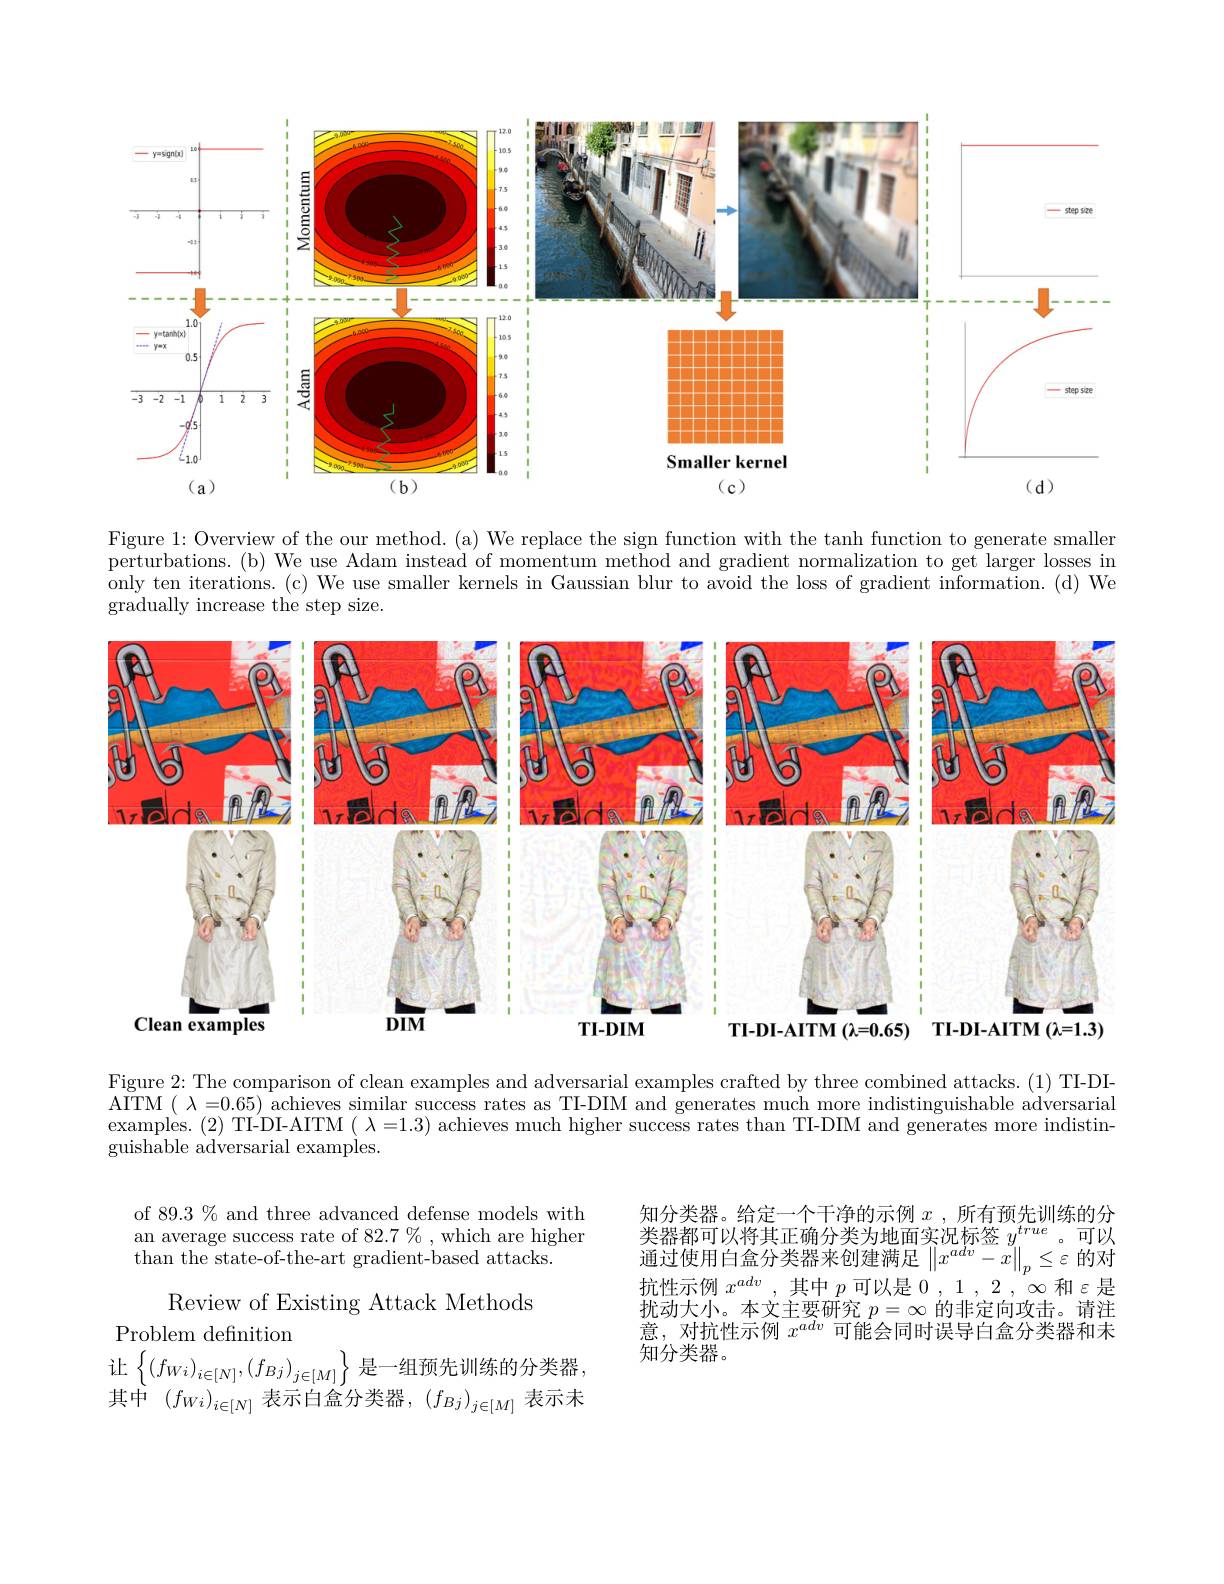
<FigureHere>

Figure 1: Overview of the our method. (a) We replace the sign function with the tanh function to generate smaller perturbations.(b) We use Adam instead of momentum method and gradient normalization to get larger losses in only ten iterations. (c) We use smaller kernels in Gaussian blur to avoid the loss of gradient information. (d) We gradually increase the step size.

<FigureHere>

Figure 2: The comparison of clean examples and adversarial examples crafted by three combined attacks. (1) TI-DI- $\bar{\mathrm{ATTM}}(\lambda=0.65)\bar{\text{ achieves similar success rates as TI-DIM and generates much more indistinguishable adversarial}}$ examples. (2) TI-DI-AITM $(\lambda=1.3)$ achieves much higher success rates than TI-DIM and generates more indistin- $\bar{\text{guishable adversarial examples.}}$

of 89.3% and three advanced defense models with an average success rate of 82.7 % , which are higher than the state- of- the- art gradient- based attacks.

知分类器。给定一个干净的示例$x$,所有预先训练的分类 器 都 可 以 将 其 正 确 分 类 为 地 面 实 况 标 签 $y^{true}$ 。可 以 通 过 使 用 白 盒 分 类 器 来 创 建 满 足 $\left \| x^{adv}- x\right \| _p\leq \varepsilon$ 的 对 chin chin 抗性示例$x^{adv}$,其中$p$可以是$0,1,2,\infty$和$\varepsilon$是扰动大小。本文主要研究$p=\infty$的非定向攻击。请注意，对抗性示例$x^{adv}$可能会同时误导白盒分类器和未知分类器。

Review of Existing Attack Methods
Problem definition
让$\left\{\left(f_{Wi}\right)_{i\in[N]},\left(f_{Bj}\right)_{j\in[M]}\right\}$是一组预先训练的分类器其中$\left(f_{Wi}\right)_{i\in[N]}$表示白盒分类器$,\left(f_{Bj}\right)_{j\in[M]}$表示未